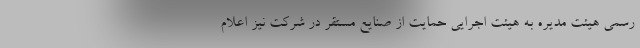
رسمی هیئت مدیره به هیئت اجرایی حمایت از صنایع مستقر در شرکت نیز اعلام